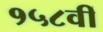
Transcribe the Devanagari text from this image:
१५८वीं